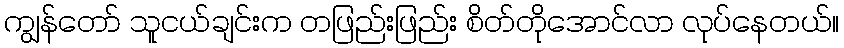
ကျွန်တော် သူငယ်ချင်းက တဖြည်းဖြည်း စိတ်တိုအောင်လာ လုပ်နေတယ်။